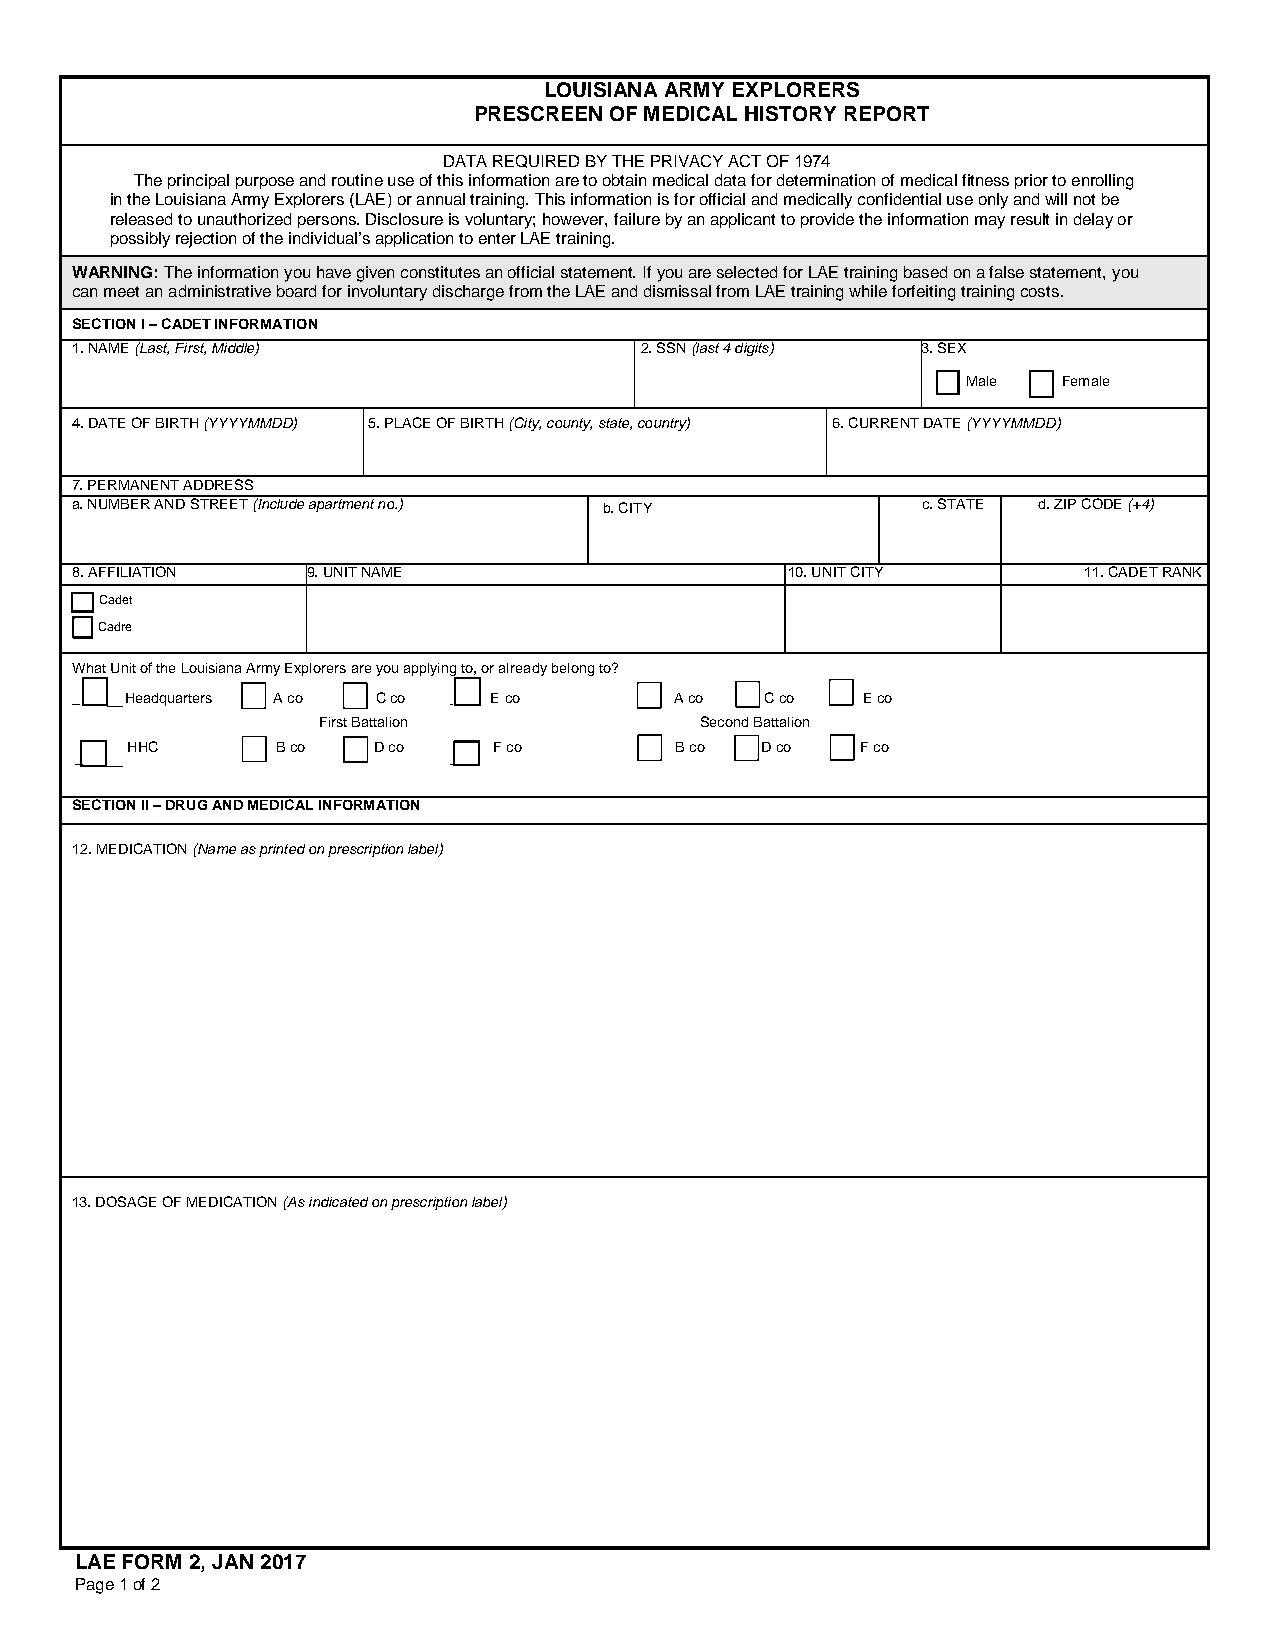
LOUISIANA ARMY EXPLORERS
 PRESCREEN OF MEDICAL HISTORY REPORT
 DATA REQUIRED BY THE PRIVACY ACT OF 1974
 The principal purpose and routine use of this information are to obtain medical data for determination of medical fitness prior to enrolling
 in the Louisiana Army Explorers (LAE) or annual training. This information is for official and medically confidential use only and will not be
 released to unauthorized persons. Disclosure is voluntary; however, failure by an applicant to provide the information may result in delay or
 possibly rejection of the individual’s application to enter LAE training.
 WARNING: The information you have given constitutes an official statement. If you are selected for LAE training based on a false statement, you
 can meet an administrative board for involuntary discharge from the LAE and dismissal from LAE training while forfeiting training costs.
 SECTION I – CADET INFORMATION
 1. NAME (Last, First, Middle)        2. SSN (last 4 digits) 3. SEX
  Male  Female
 4. DATE OF BIRTH (YYYYMMDD) 5. PLACE OF BIRTH (City, county, state, country) 6. CURRENT DATE (YYYYMMDD)
 7. PERMANENT ADDRESS
 a. NUMBER AND STREET (Include apartment no.) b. CITY    c. STATE d. ZIP CODE (+4)
 8. AFFILIATION 9. UNIT NAME                    10. UNIT CITY       11. CADET RANK
  Cadet
  Cadre
 What Unit of the Louisiana Army Explorers are you applying to, or already belong to?
 _ ___ Headquarters _ A co C co _ _ _ _ E co A co C co E co
 First Battalion          Second Battalion
 HHC       B co   D co    F co        B co D co   F co
 ____                     ____
 SECTION II – DRUG AND MEDICAL INFORMATION
 12.MEDICATION (Name as printed on prescription label)
 13. DOSAGE OF MEDICATION (As indicated on prescription label)
 LAE FORM 2, JAN 2017
 Page 1 of 2